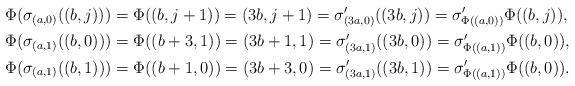
LaTeX: \begin{align*}&\Phi(\sigma_{(a,0)}((b,j)))=\Phi((b,j+1))=(3b,j+1)=\sigma'_{(3a,0)}((3b,j))=\sigma'_{\Phi((a,0))}\Phi((b,j)),\\&\Phi(\sigma_{(a,1)}((b,0)))=\Phi((b+3,1))=(3b+1,1)=\sigma'_{(3a,1)}((3b,0))=\sigma'_{\Phi((a,1))}\Phi((b,0)),\\&\Phi(\sigma_{(a,1)}((b,1)))=\Phi((b+1,0))=(3b+3,0)=\sigma'_{(3a,1)}((3b,1))=\sigma'_{\Phi((a,1))}\Phi((b,0)).\end{align*}